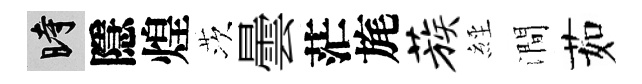
时隱煌茨曇茫旄蔟𦀇澗茹